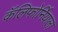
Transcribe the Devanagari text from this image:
कॅलिफोर्नियाला